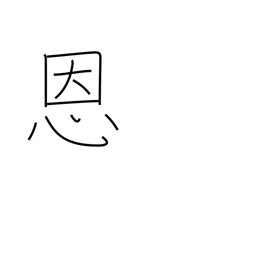
Meaning: blessing